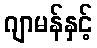
ဂျာမန်နှင့်